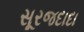
સૂરજદાદા